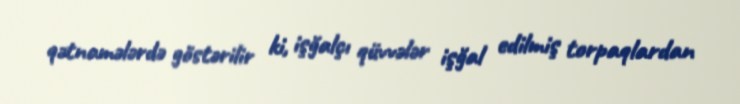
qətnamələrdə göstərilir ki, işğalçı qüvvələr işğal edilmiş torpaqlardan